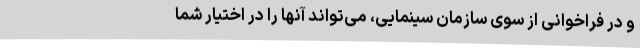
و در فراخوانی از سوی سازمان سینمایی، می‌تواند آنها را در اختیار شما